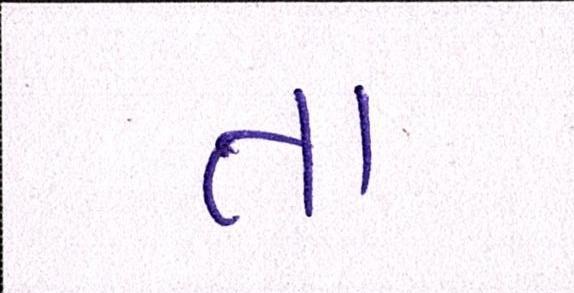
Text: તા